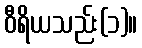
ဝီရိယသည်း(၁)။